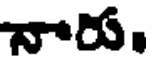
నారు.